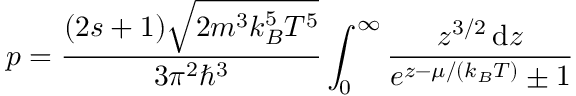
p = { \frac { ( 2 s + 1 ) { \sqrt { 2 m ^ { 3 } k _ { B } ^ { 5 } T ^ { 5 } } } } { 3 \pi ^ { 2 } \hbar ^ { 3 } } } \int _ { 0 } ^ { \infty } { \frac { z ^ { 3 / 2 } \, \mathrm { d } z } { e ^ { z - \mu / ( k _ { B } T ) } \pm 1 } }